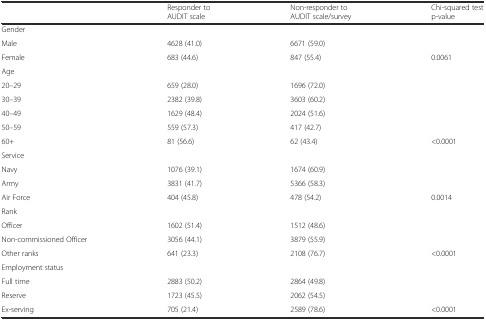
<table><thead><tr><td></td><td><b>Responder to AUDIT scale</b></td><td><b>Non-responder to AUDIT scale/survey</b></td><td><b>Chi-squared test p-value</b></td></tr></thead><tbody><tr><td>Gender</td><td></td><td></td><td></td></tr><tr><td>Male</td><td>4628 (41.0)</td><td>6671 (59.0)</td><td></td></tr><tr><td>Female</td><td>683 (44.6)</td><td>847 (55.4)</td><td>0.0061</td></tr><tr><td>Age</td><td></td><td></td><td></td></tr><tr><td>20–29</td><td>659 (28.0)</td><td>1696 (72.0)</td><td></td></tr><tr><td>30–39</td><td>2382 (39.8)</td><td>3603 (60.2)</td><td></td></tr><tr><td>40–49</td><td>1629 (48.4)</td><td>2024 (51.6)</td><td></td></tr><tr><td>50–59</td><td>559 (57.3)</td><td>417 (42.7)</td><td></td></tr><tr><td>60+</td><td>81 (56.6)</td><td>62 (43.4)</td><td>&lt;0.0001</td></tr><tr><td>Service</td><td></td><td></td><td></td></tr><tr><td>Navy</td><td>1076 (39.1)</td><td>1674 (60.9)</td><td></td></tr><tr><td>Army</td><td>3831 (41.7)</td><td>5366 (58.3)</td><td></td></tr><tr><td>Air Force</td><td>404 (45.8)</td><td>478 (54.2)</td><td>0.0014</td></tr><tr><td>Rank</td><td></td><td></td><td></td></tr><tr><td>Officer</td><td>1602 (51.4)</td><td>1512 (48.6)</td><td></td></tr><tr><td>Non-commissioned Officer</td><td>3056 (44.1)</td><td>3879 (55.9)</td><td></td></tr><tr><td>Other ranks</td><td>641 (23.3)</td><td>2108 (76.7)</td><td>&lt;0.0001</td></tr><tr><td>Employment status</td><td></td><td></td><td></td></tr><tr><td>Full time</td><td>2883 (50.2)</td><td>2864 (49.8)</td><td></td></tr><tr><td>Reserve</td><td>1723 (45.5)</td><td>2062 (54.5)</td><td></td></tr><tr><td>Ex-serving</td><td>705 (21.4)</td><td>2589 (78.6)</td><td>&lt;0.0001</td></tr></tbody></table>